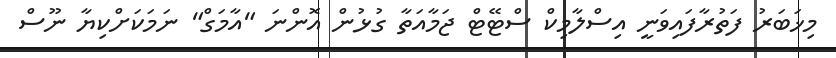
މިޚަބަރު ފަތުރާފައިވަނީ އިސްލާމިކް ސްޓޭޓް ޖަމާއަތާ ގުޅުން އޮންނަ "އާމަގް" ނަމަކަށްކިޔާ ނޫސް